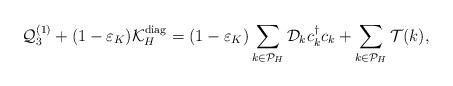
LaTeX: \begin{align*}\mathcal Q_3^{(1)} + (1- \varepsilon_K) \mathcal K^{\rm{diag}}_H = (1- \varepsilon_K) \sum_{k \in \mathcal{P}_H} \mathcal D_k c_k^\dagger c_k + \sum_{k \in \mathcal{P}_H}\mathcal T(k), \end{align*}